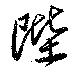
陛